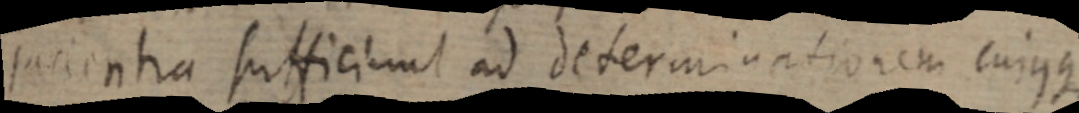
jacientia sufficiunt ad determinationem cujusque